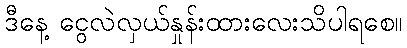
ဒီနေ့ ငွေလဲလှယ်နှုန်းထားလေးသိပါရစေ။